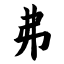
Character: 弗